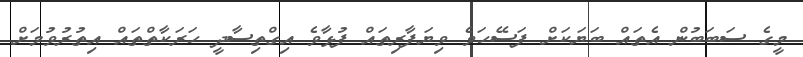
މީގެ ސަބަބުން އެތައް ބަޔަކަށް ފަސޭހަވެ ވިޔަފާރިތައް ފުޅާވެ އިގްތިސާދީ ހަރަކާތްތައް އިތުރުވުމަށް